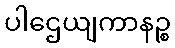
ပါဌေယျကာနဉ္စ